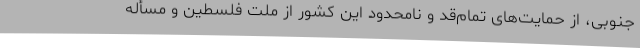
جنوبی، از حمایت‌های تمام‌قد و نامحدود این کشور از ملت فلسطین و مسأله